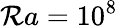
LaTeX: \mathcal{R}a=10^{8}